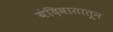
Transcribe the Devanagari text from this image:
बंदिवासातून